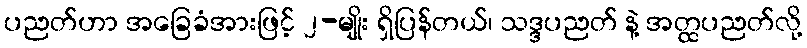
ပညတ်ဟာ အခြေခံအားဖြင့် ၂-မျိုး ရှိပြန်တယ်၊ သဒ္ဒပညတ် နဲ့ အတ္ထပညတ်လို့